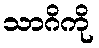
သာဂိကို